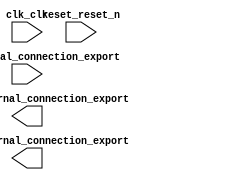

module nios2e (
	clk_clk,
	decode0_external_connection_export,
	period0_external_connection_export,
	push_external_connection_export,
	reset_reset_n);	

	input		clk_clk;
	output	[27:0]	decode0_external_connection_export;
	output	[27:0]	period0_external_connection_export;
	input		push_external_connection_export;
	input		reset_reset_n;
endmodule